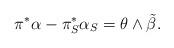
LaTeX: \begin{align*} \pi^*\alpha - \pi_S^*\alpha_S = \theta \wedge \tilde\beta.\end{align*}